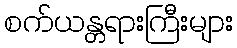
စက်ယန္တရားကြီးများ